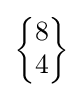
{\begin{Bmatrix}8\\4\end{Bmatrix}}